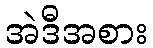
အဲဒီအစား